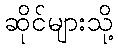
ဆိုင်များသို့